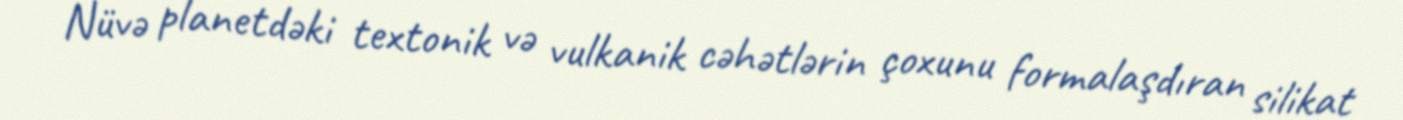
Nüvə planetdəki textonik və vulkanik cəhətlərin çoxunu formalaşdıran silikat